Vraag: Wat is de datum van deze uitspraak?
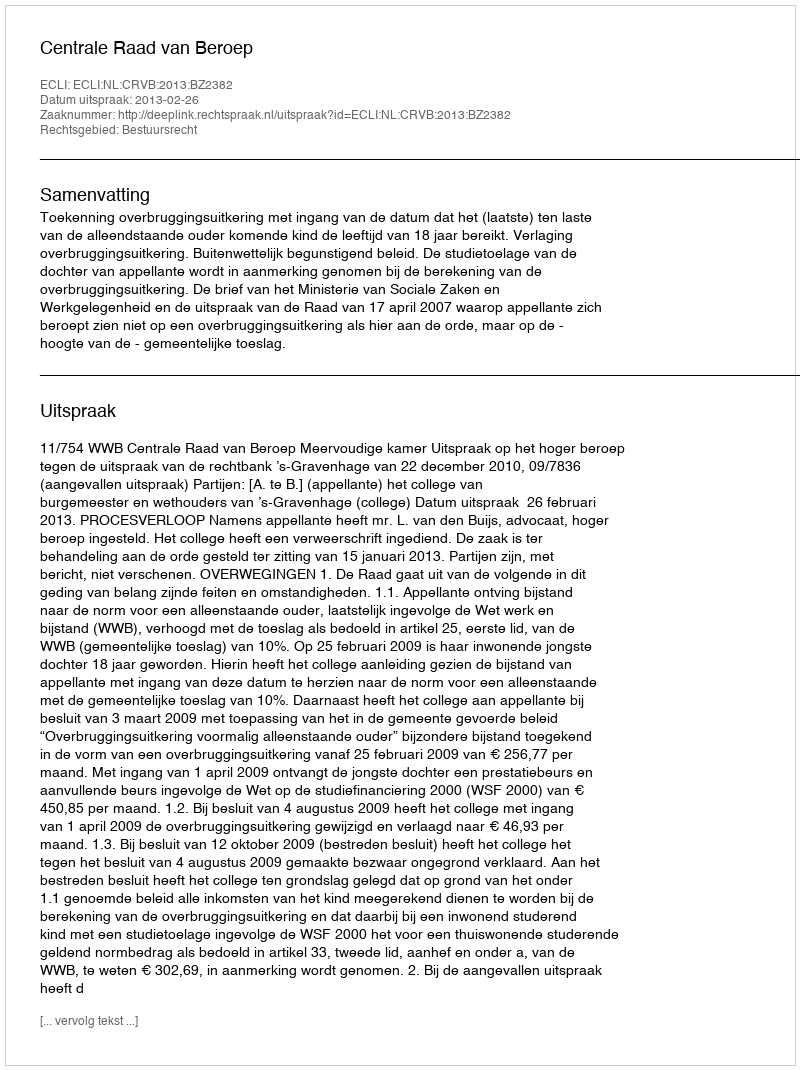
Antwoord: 2013-02-26